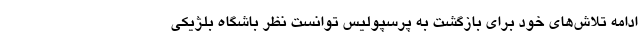
ادامه تلاش‌های خود برای بازگشت به پرسپولیس توانست نظر باشگاه بلژیکی